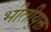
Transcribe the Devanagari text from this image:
भीतीयुक्त